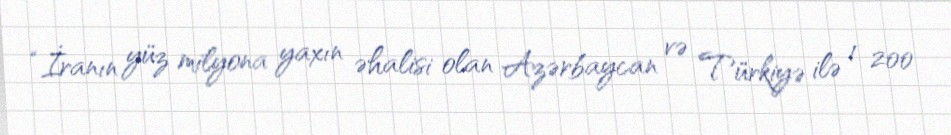
“İranın yüz milyona yaxın əhalisi olan Azərbaycan və Türkiyə ilə 1 200